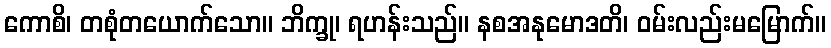
ကောစိ၊ တစုံတယောက်သော။ ဘိက္ခု၊ ရဟန်းသည်။ နစအနုမောဒတိ၊ ဝမ်းလည်းမမြောက်။